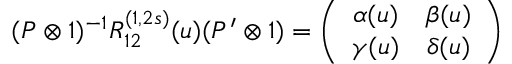
( P \otimes 1 ) ^ { - 1 } R _ { 1 2 } ^ { ( 1 , 2 s ) } ( u ) ( P ^ { \prime } \otimes 1 ) = \left( \begin{array} { c c } { { \alpha ( u ) } } & { { \beta ( u ) } } \\ { { \gamma ( u ) } } & { { \delta ( u ) } } \end{array} \right)